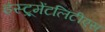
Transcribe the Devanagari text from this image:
इंस्ट्रूमेंटलिटीएस